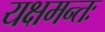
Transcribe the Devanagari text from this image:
यक्षमन्तः